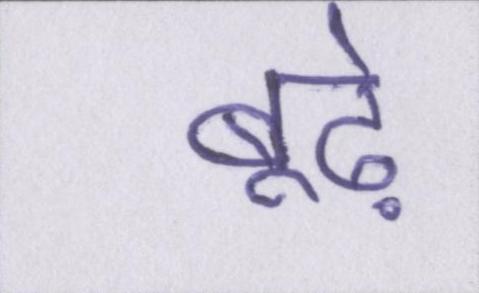
बूढ़े